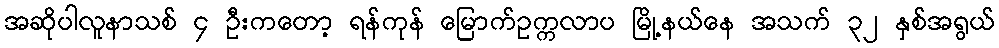
အဆိုပါလူနာသစ် ၄ ဦးကတော့ ရန်ကုန် မြောက်ဥက္ကလာပ မြို့နယ်နေ အသက် ၃၂ နှစ်အရွယ်